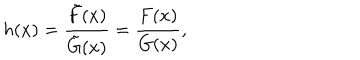
h ( x ) = { \frac { \tilde { F } ( x ) } { \tilde { G } ( x ) } } = { \frac { F ( x ) } { G ( x ) } } ,